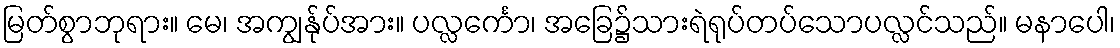
မြတ်စွာဘုရား။ မေ၊ အကျွန်ုပ်အား။ ပလ္လင်္ကော၊ အခြေ၌သားရဲရုပ်တပ်သောပလ္လင်သည်။ မနာပေါ၊